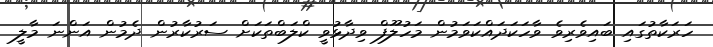
ހަރަކާތުގައި ބައިވެރިވެ ވާހަކަދައްކަވަމުން މަހުލޫފް ވިދާޅުވީ ކްލަބްތަކަށް ސަރުކާރުން ދެމުން އަންނަ މާލީ